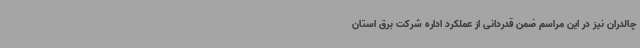
چالدران نیز در این مراسم ضمن قدردانی از عملکرد اداره شرکت برق استان